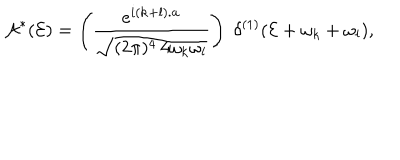
{ \cal A } ^ { * } ( { \cal E } ) = \left( \frac { e ^ { i ( { \bf k } + { \bf l } ) . { \bf a } } } { \sqrt { ( 2 \pi ) ^ { 4 } \, 4 \omega _ { k } \omega _ { l } } } \right) \; \delta ^ { ( 1 ) } ( { \cal E } + \omega _ { k } + \omega _ { l } ) ,